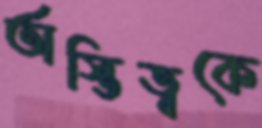
অস্তিত্বকে